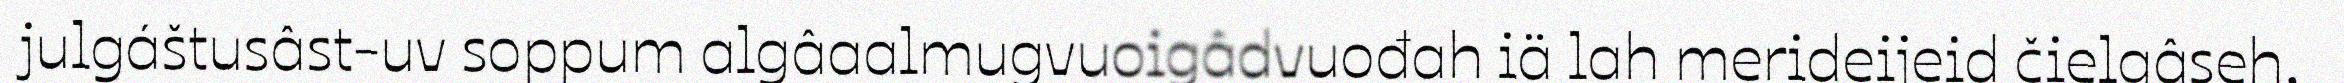
julgáštusâst-uv soppum algâaalmugvuoigâdvuođah iä lah merideijeid čielgâseh,